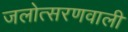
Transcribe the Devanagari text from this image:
जलोत्सरणवाली